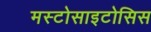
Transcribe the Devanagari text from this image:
मस्टोसाइटोसिस